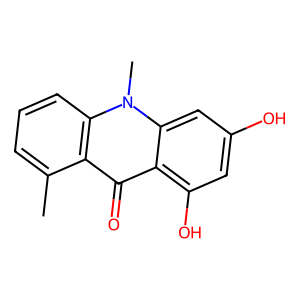
SMILES: Cc1cccc2c1c(=O)c1c(O)cc(O)cc1n2C
Inhibits HIV replication: No